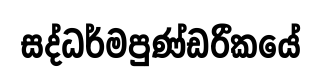
සද්ධර්මපුණ්ඩරීකයේ